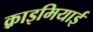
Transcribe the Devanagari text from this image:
क़्राइमियाई